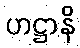
ဟဋ္ဌာနိ